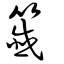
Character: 籤